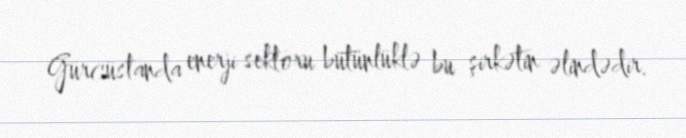
Gürcüstanda enerji sektoru bütünlüklə bu şirkətin əlindədir.